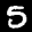
Label: 5